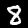
Label: 8